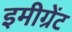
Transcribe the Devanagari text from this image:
इमीग्रेंट